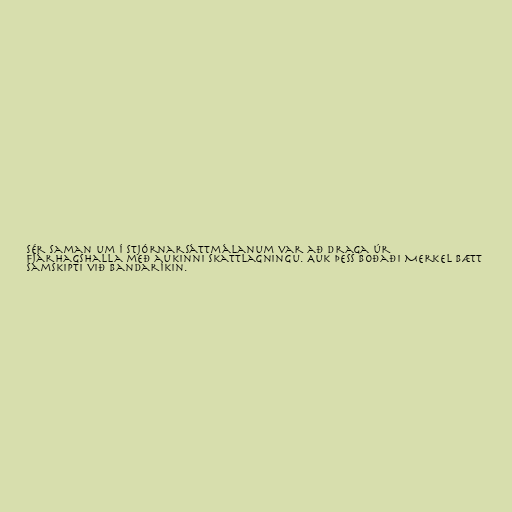
sér saman um í stjórnarsáttmálanum var að draga úr
fjárhagshalla með aukinni skattlagningu. Auk þess boðaði Merkel bætt
samskipti við Bandaríkin.